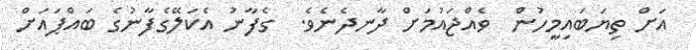
އަށް ތިޔަބައިމީހުން  ވެއްޖައުމަށް ދާނދެނެވެ.  ގެފާނު އެކަލޭގެފާނުގެ ބައްޕައަށް